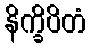
နိက္ခိပိတံ